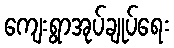
ကျေးရွာအုပ်ချုပ်ရေး